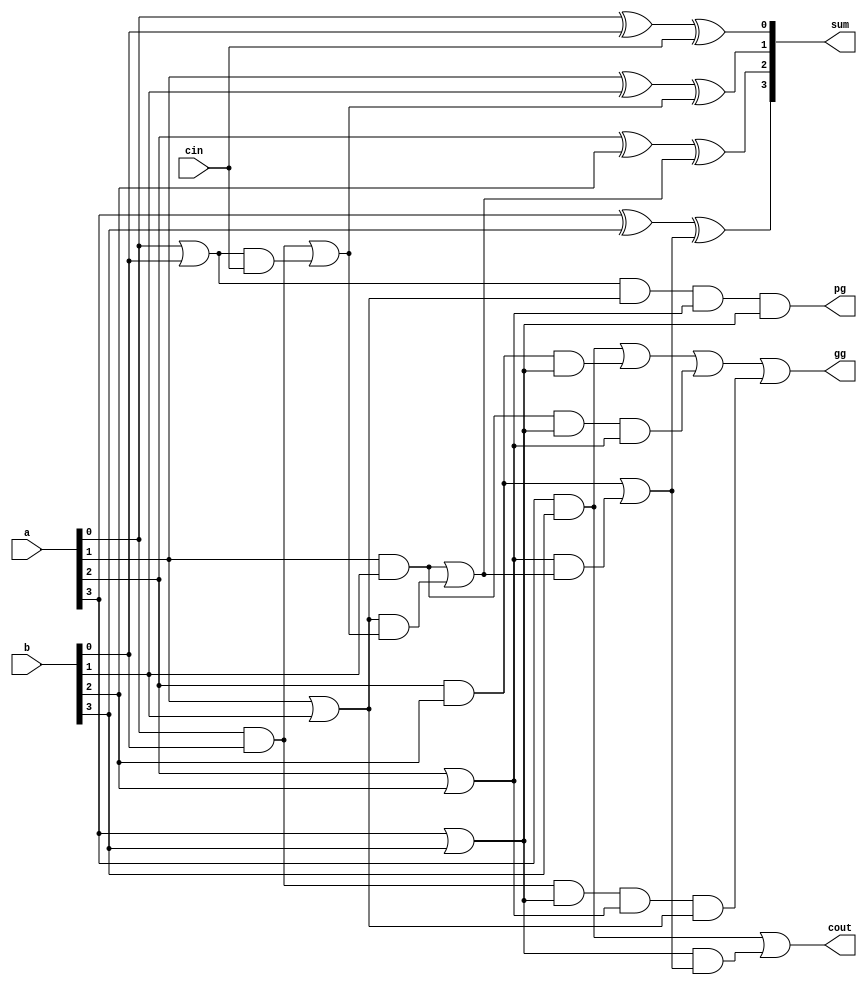
module cla4 (a, b, cin, sum, cout, pg, gg);

input [3:0] a, b;
input cin;

output [3:0] sum;
output pg, gg, cout;

wire c1, c2, c3, p0, p1, p2, p3, g0, g1, g2, g3;

assign sum[0] = a[0] ^ b[0] ^ cin;
assign p0 = (a[0] | b[0]);
assign g0 = (a[0] & b[0]);
assign c1 = g0 | ( p0 & cin);


assign sum[1] = a[1] ^ b[1] ^ c1;
assign p1 = (a[1] | b[1]);
assign g1 = (a[1] & b[1]);
assign c2 = g1 | ( p1 & c1 );


assign sum[2] = a[2] ^ b[2] ^ c2;
assign p2 = (a[2] | b[2]);
assign g2 = (a[2] & b[2]);
assign c3 = g2 | ( p2 & c2 );


assign sum[3] = a[3] ^ b[3] ^ c3;
assign p3 = (a[3] | b[3]);
assign g3 = (a[3] & b[3]);
assign cout = g3 | ( p3 & c3 );

assign gg = g3 | (g2 & p3) | (g1 & p3 & p2) | (g0 & p3 & p2 & p1);
assign pg = p0 & p1 & p2 & p3;

endmodule